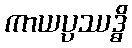
ကာယပ္ပဿဒ္ဓိ